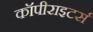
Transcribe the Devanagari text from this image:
कॉपीराइटर्स